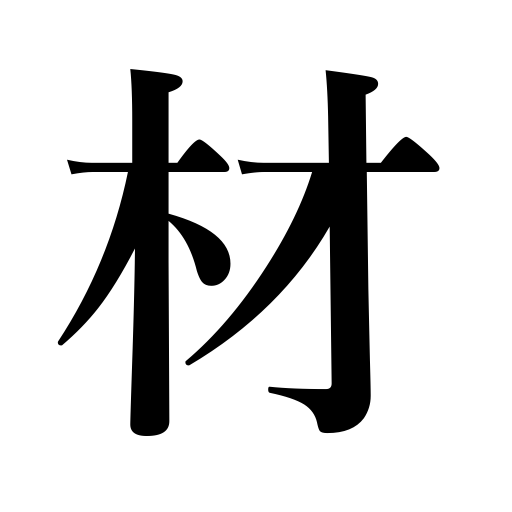
Meanings: wood,lumber,material,talent,log,timber